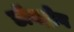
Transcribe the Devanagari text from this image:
डॉक्ट्रोव